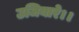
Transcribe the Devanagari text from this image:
उजियारे।।